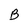
Character: B